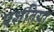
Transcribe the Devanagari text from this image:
पशतिया